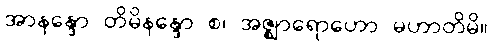
အာနန္ဒော တိမိနန္ဒော စ၊ အဇ္ဈာရောဟော မဟာတိမိ။